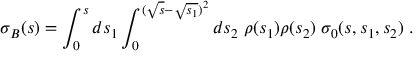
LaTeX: \sigma _ { B } ( s ) = \int _ { 0 } ^ { s } d s _ { 1 } \int _ { 0 } ^ { ( \sqrt { s } - \sqrt { s _ { 1 } } ) ^ { 2 } } d s _ { 2 } \; \rho ( s _ { 1 } ) \rho ( s _ { 2 } ) \; \sigma _ { 0 } ( s , s _ { 1 } , s _ { 2 } ) \; .